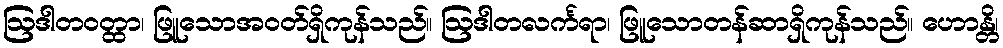
ဩဒါတဝတ္ထာ၊ ဖြူသောအဝတ်ရှိကုန်သည်။ ဩဒါတလင်္ကရာ၊ ဖြူသောတန်ဆာရှိကုန်သည်။ ဟောန္တိ၊